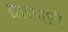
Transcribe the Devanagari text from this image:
धारणाये